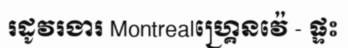
រដូវរងារ Montrealហ្គ្រេនវ៉េ - ផ្ទះ